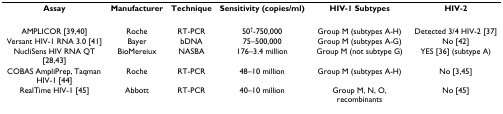
| Assay | Manufacturer | Technique | Sensitivity (copies/ml) | HIV-1 Subtypes | HIV-2 |
 | --- | --- | --- | --- | --- | --- |
 | AMPLICOR [39,40] | Roche | RT-PCR | 50†-750,000 | Group M (subtypes A-H) | Detected 3/4 HIV-2 [37] |
 | Versant HIV-1 RNA 3.0 [41] | Bayer | bDNA | 75–500,000 | Group M (subtypes A-G) | No [42] |
 | NucliSens HIV RNA QT [28,43] | BioMereiux | NASBA | 176–3.4 million | Group M (not subtype G) | YES [36] (subtype A) |
 | COBAS AmpliPrep, Taqman HIV-1 [44] | Roche | RT-PCR | 48–10 million | Group M (subtypes A-H) | No [3,45] |
 | RealTime HIV-1 [45] | Abbott | RT-PCR | 40–10 million | Group M, N, O, recombinants | No [45] |